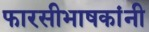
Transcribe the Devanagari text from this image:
फारसीभाषकांनी